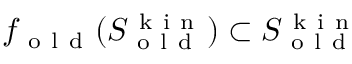
f _ { \mathrm { ~ o ~ l ~ d ~ } } ( S _ { \mathrm { ~ o ~ l ~ d ~ } } ^ { \mathrm { ~ k ~ i ~ n ~ } } ) \subset S _ { \mathrm { ~ o ~ l ~ d ~ } } ^ { \mathrm { ~ k ~ i ~ n ~ } }